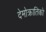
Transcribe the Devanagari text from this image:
देमोक्रातिको